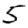
Digit: 5